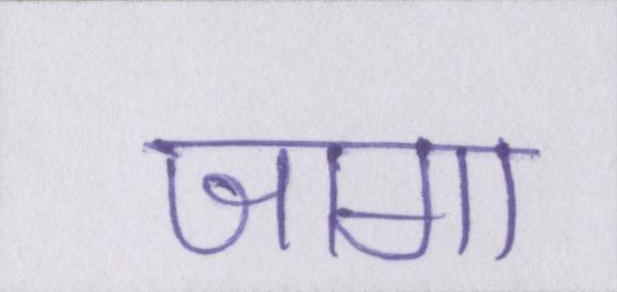
जागा